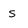
Character: S